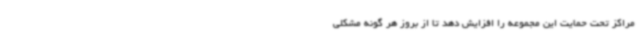
مراکز تحت حمایت این مجموعه را افزایش دهد تا از بروز هر گونه مشکلی